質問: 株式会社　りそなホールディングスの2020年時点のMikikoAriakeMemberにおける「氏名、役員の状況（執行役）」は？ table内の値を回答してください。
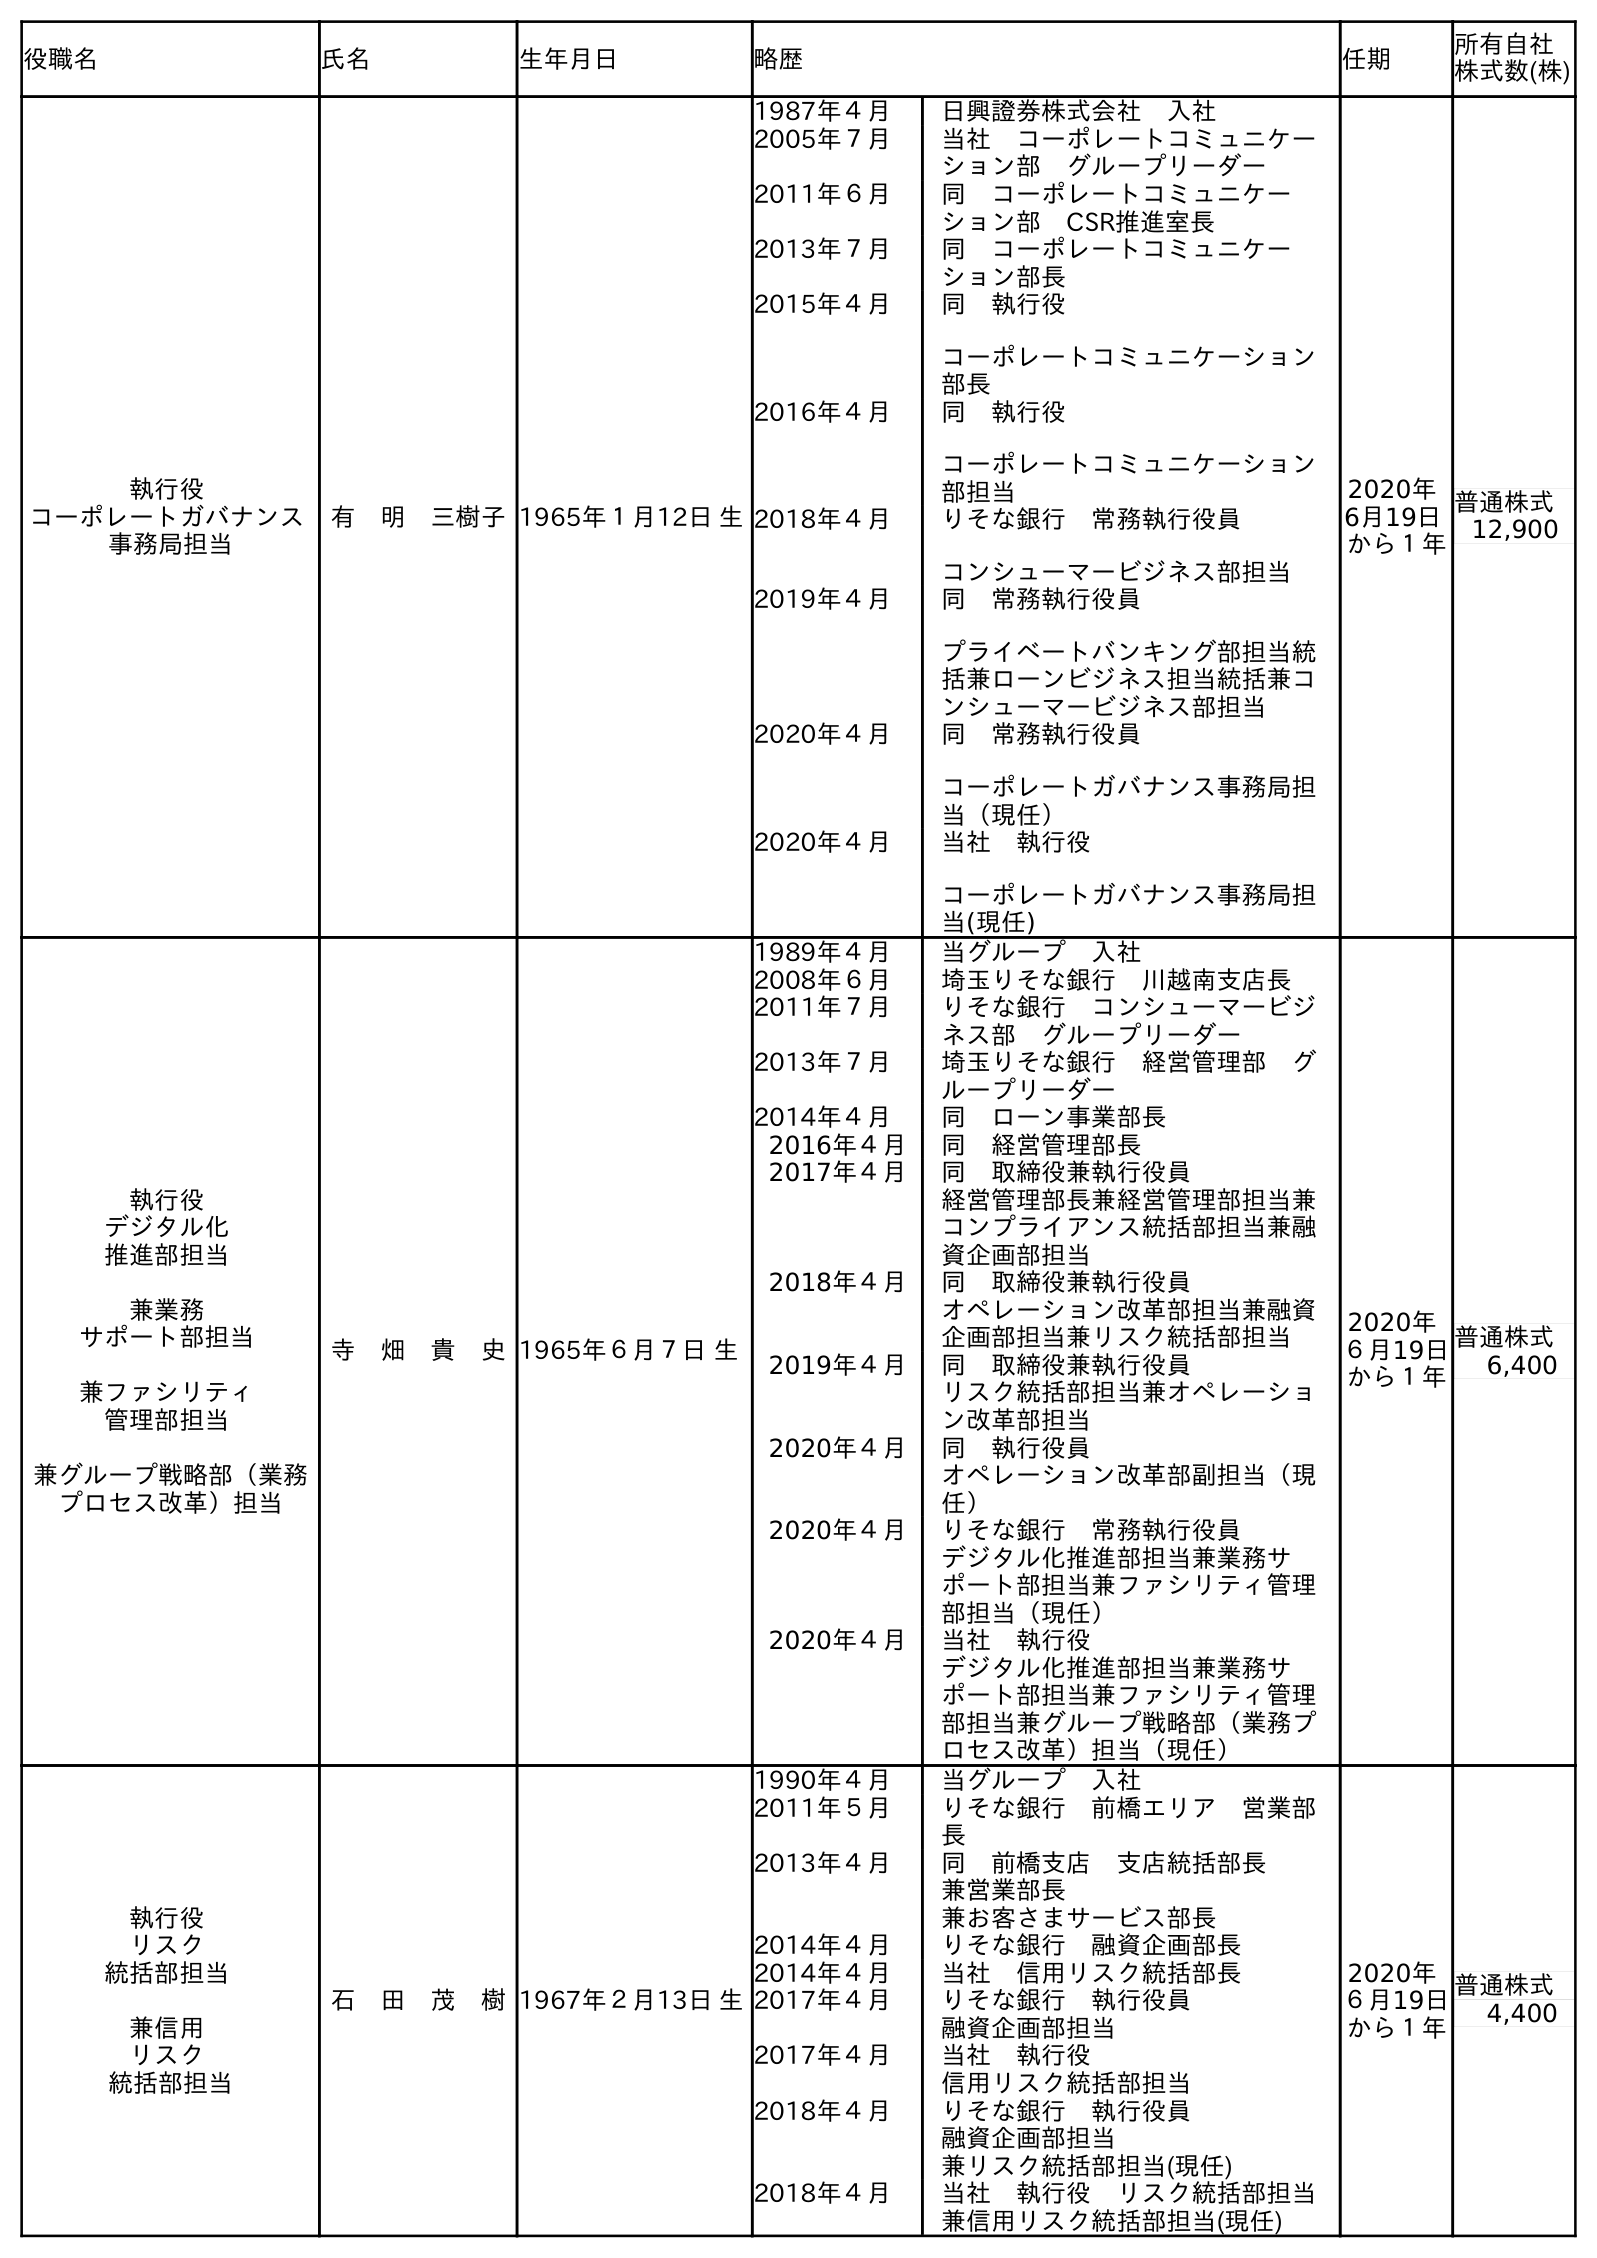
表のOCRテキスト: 役職名 氏名 生年月日 略歴 任期 所有自社 株式数(株) 執行役 コーポレートガバナンス 事務局担当 有 明 三樹子1965年１月12日 生 1987年４月 日興證券株式会社 入社 2005年７月 当社 コーポレートコミュニケー ション部 グループリーダー 2011年６月 同 コーポレートコミュニケー ション部 CSR推進室長 2013年７月 同 コーポレートコミュニケー ション部長 2015年４月 同 執行役 コーポレートコミュニケーション 部長 2016年４月 同 執行役 コーポレートコミュニケーション 部担当 2018年４月 りそな銀行 常務執行役員 コンシューマービジネス部担当 2019年４月 同 常務執行役員 プライベートバンキング部担当統 括兼ローンビジネス担当統括兼コ ンシューマービジネス部担当 2020年４月 同 常務執行役員 コーポレートガバナンス事務局担 当（現任） 2020年４月 当社 執行役 コーポレートガバナンス事務局担 当(現任) 2020年 6月19日 から１年 普通株式 12,900 執行役 デジタル化 推進部担当 兼業務 サポート部担当 兼ファシリティ 管理部担当 兼グループ戦略部（業務 プロセス改革）担当 寺 畑 貴 史1965年６月７日 生 1989年４月 当グループ 入社 2008年６月 埼玉りそな銀行 川越南支店長 2011年７月 りそな銀行 コンシューマービジ ネス部 グループリーダー 2013年７月 埼玉りそな銀行 経営管理部 グ ループリーダー 2014年４月 同 ローン事業部長 2016年４月 同 経営管理部長 2017年４月 同 取締役兼執行役員 経営管理部長兼経営管理部担当兼 コンプライアンス統括部担当兼融 資企画部担当 2018年４月 同 取締役兼執行役員 オペレーション改革部担当兼融資 企画部担当兼リスク統括部担当 2019年４月 同 取締役兼執行役員 リスク統括部担当兼オペレーショ ン改革部担当 2020年４月 同 執行役員 オペレーション改革部副担当（現 任） 2020年４月 りそな銀行 常務執行役員 デジタル化推進部担当兼業務サ ポート部担当兼ファシリティ管理 部担当（現任） 2020年４月 当社 執行役 デジタル化推進部担当兼業務サ ポート部担当兼ファシリティ管理 部担当兼グループ戦略部（業務プ ロセス改革）担当（現任） 2020年 ６月19日 から１年 普通株式 6,400 執行役 リスク 統括部担当 兼信用 リスク 統括部担当 石 田 茂 樹1967年２月13日 生 1990年４月 当グループ 入社 2011年５月 りそな銀行 前橋エリア 営業部 長 2013年４月 同 前橋支店 支店統括部長 兼営業部長 兼お客さまサービス部長 2014年４月 りそな銀行 融資企画部長 2014年４月 当社 信用リスク統括部長 2017年４月 りそな銀行 執行役員 融資企画部担当 2017年４月 当社 執行役 信用リスク統括部担当 2018年４月 りそな銀行 執行役員 融資企画部担当 兼リスク統括部担当(現任) 2018年４月 当社 執行役 リスク統括部担当 兼信用リスク統括部担当(現任) 2020年 ６月19日 から１年 普通株式 4,400
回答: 有　明　三樹子